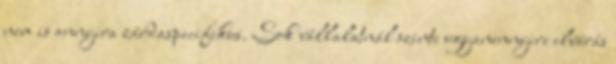
nem is annyira zárdaspecifikus. Sok vállalatnál szinte ugyanennyire elvárás